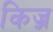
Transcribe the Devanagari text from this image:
किज़्र